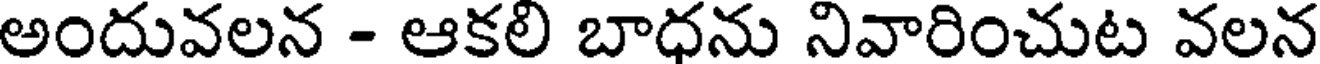
అందువలన - ఆకలి బాధను నివారించుట వలన